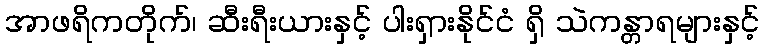
အာဖရိကတိုက်၊ ဆီးရီးယားနှင့် ပါးရှားနိုင်ငံ ရှိ သဲကန္တာရများနှင့်